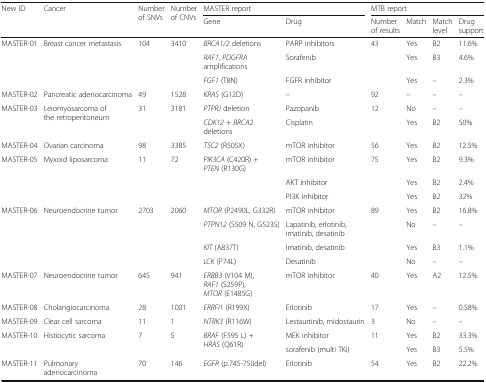
<table><thead><tr><td rowspan="2"><b>New ID</b></td><td rowspan="2"><b>Cancer</b></td><td rowspan="2"><b>Number of SNVs</b></td><td rowspan="2"><b>Number of CNVs</b></td><td colspan="2"><b>MASTER report</b></td><td colspan="4"><b>MTB report</b></td></tr><tr><td><b>Gene</b></td><td><b>Drug</b></td><td><b>Number of results</b></td><td><b>Match</b></td><td><b>Match level</b></td><td><b>Drug support</b></td></tr></thead><tbody><tr><td rowspan="3">MASTER-01</td><td rowspan="3">Breast cancer metastasis</td><td rowspan="3">104</td><td rowspan="3">3410</td><td><i>BRCA1/2</i> deletions</td><td>PARP inhibitors</td><td>43</td><td>Yes</td><td>B2</td><td>11.6%</td></tr><tr><td><i>RAF1</i>, <i>PDGFRA</i> amplifications</td><td>Sorafenib</td><td></td><td>Yes</td><td>B3</td><td>4.6%</td></tr><tr><td><i>FGF1</i> (T8N)</td><td>FGFR inhibitor</td><td></td><td>Yes</td><td>–</td><td>2.3%</td></tr><tr><td>MASTER-02</td><td>Pancreatic adenocarcinoma</td><td>49</td><td>1528</td><td><i>KRAS</i> (G12D)</td><td>–</td><td>92</td><td>–</td><td>–</td><td>–</td></tr><tr><td rowspan="2">MASTER-03</td><td rowspan="2">Leiomyosarcoma of the retroperitoneum</td><td rowspan="2">31</td><td rowspan="2">3181</td><td><i>PTPRJ</i> deletion</td><td>Pazopanib</td><td>12</td><td>No</td><td>–</td><td>–</td></tr><tr><td><i>CDK12</i> + <i>BRCA2</i> deletions</td><td>Cisplatin</td><td></td><td>Yes</td><td>B2</td><td>50%</td></tr><tr><td>MASTER-04</td><td>Ovarian carcinoma</td><td>98</td><td>3385</td><td><i>TSC2</i> (R505X)</td><td>mTOR inhibitor</td><td>56</td><td>Yes</td><td>B2</td><td>12.5%</td></tr><tr><td rowspan="3">MASTER-05</td><td rowspan="3">Myxoid liposarcoma</td><td rowspan="3">11</td><td rowspan="3">72</td><td><i>PIK3CA</i> (C420R) + <i>PTEN</i> (R130G)</td><td>mTOR inhibitor</td><td>75</td><td>Yes</td><td>B2</td><td>9.3%</td></tr><tr><td></td><td>AKT inhibitor</td><td></td><td>Yes</td><td>B2</td><td>2.4%</td></tr><tr><td></td><td>PI3K inhibitor</td><td></td><td>Yes</td><td>B2</td><td>32%</td></tr><tr><td rowspan="4">MASTER-06</td><td rowspan="4">Neuroendocrine tumor</td><td rowspan="4">2703</td><td rowspan="4">2060</td><td><i>MTOR</i> (P2490L, G332R)</td><td>mTOR inhibitor</td><td>89</td><td>Yes</td><td>B2</td><td>16.8%</td></tr><tr><td><i>PTPN12</i> (S509 N, G523S)</td><td>Lapatinib, erlotinib, imatinib, desatinib</td><td></td><td>No</td><td>–</td><td>–</td></tr><tr><td><i>KIT</i> (A837T)</td><td>Imatinib, desatinib</td><td></td><td>Yes</td><td>B3</td><td>1.1%</td></tr><tr><td><i>LCK</i> (P74L)</td><td>Desatinib</td><td></td><td>No</td><td>–</td><td>–</td></tr><tr><td>MASTER-07</td><td>Neuroendocrine tumor</td><td>645</td><td>941</td><td><i>ERBB3</i> (V104 M), <i>RAF1</i> (S259P), <i>MTOR</i> (E1485G)</td><td>mTOR inhibitor</td><td>40</td><td>Yes</td><td>A2</td><td>12.5%</td></tr><tr><td>MASTER-08</td><td>Cholangiocarcinoma</td><td>28</td><td>1001</td><td><i>ERRFI1</i> (R199X)</td><td>Erlotinib</td><td>17</td><td>Yes</td><td>–</td><td>0.58%</td></tr><tr><td>MASTER-09</td><td>Clear cell sarcoma</td><td>11</td><td>1</td><td><i>NTRK3</i> (R116W)</td><td>Lestaurtinib, midostaurin</td><td>3</td><td>No</td><td>–</td><td>–</td></tr><tr><td rowspan="2">MASTER-10</td><td rowspan="2">Histiocytic sarcoma</td><td rowspan="2">7</td><td rowspan="2">5</td><td rowspan="2"><i>BRAF</i> (F595 L) + <i>HRAS</i> (Q61R)</td><td>MEK inhibitor</td><td>11</td><td>Yes</td><td>B2</td><td>33.3%</td></tr><tr><td>sorafenib (multi TKi)</td><td></td><td>Yes</td><td>B3</td><td>5.5%</td></tr><tr><td>MASTER-11</td><td>Pulmonary adenocarcinoma</td><td>70</td><td>146</td><td><i>EGFR</i> (p.745-750del)</td><td>Erlotinib</td><td>54</td><td>Yes</td><td>B2</td><td>22.2%</td></tr></tbody></table>